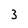
Character: 3